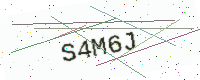
Text: S4M6J